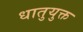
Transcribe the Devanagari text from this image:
धातुयुक्त